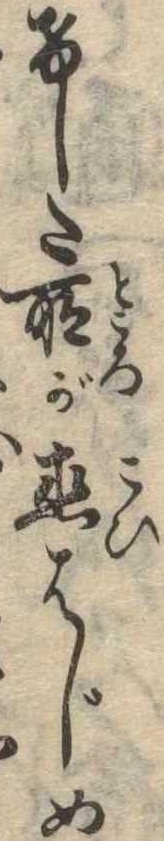
けした所が恋はじめ